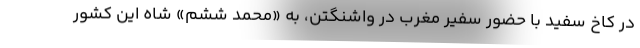
در کاخ سفید با حضور سفیر مغرب در واشنگتن، به «محمد ششم» شاه این کشور